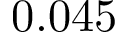
0 . 0 4 5